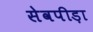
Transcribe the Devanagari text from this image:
सेवपीड़ा